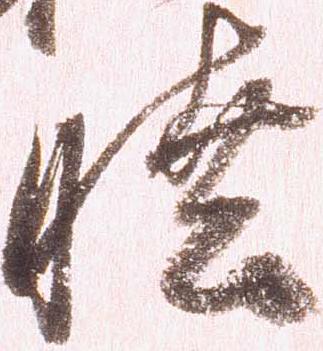
睦